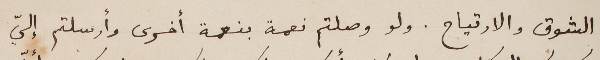
الشوق والارتياح. ولو وصلتم نعمة بنعمة أخرى وأرسلتم إليّ